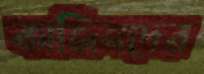
কাজিনদের